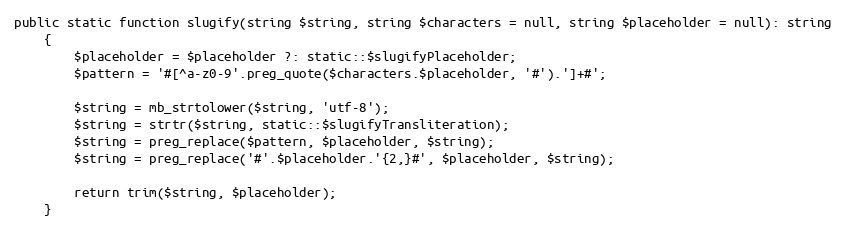
Language: PHP
public static function slugify(string $string, string $characters = null, string $placeholder = null): string
    {
        $placeholder = $placeholder ?: static::$slugifyPlaceholder;
        $pattern = '#[^a-z0-9'.preg_quote($characters.$placeholder, '#').']+#';

        $string = mb_strtolower($string, 'utf-8');
        $string = strtr($string, static::$slugifyTransliteration);
        $string = preg_replace($pattern, $placeholder, $string);
        $string = preg_replace('#'.$placeholder.'{2,}#', $placeholder, $string);

        return trim($string, $placeholder);
    }